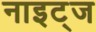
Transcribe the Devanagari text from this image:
नाइट्ज